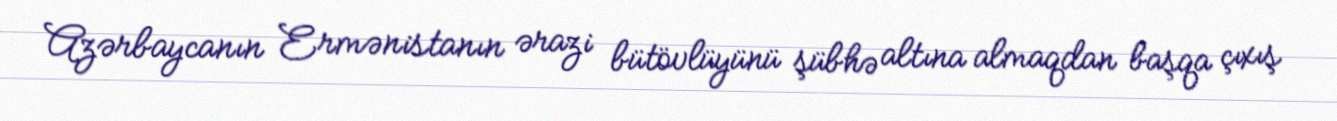
Azərbaycanın Ermənistanın ərazi bütövlüyünü şübhə altına almaqdan başqa çıxış